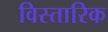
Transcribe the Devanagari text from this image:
विस्तारिक